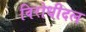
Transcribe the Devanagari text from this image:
विरोधीदल